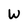
Character: W